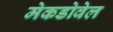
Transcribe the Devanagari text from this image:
मेकडोवेल